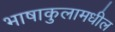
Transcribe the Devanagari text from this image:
भाषाकुलामधील